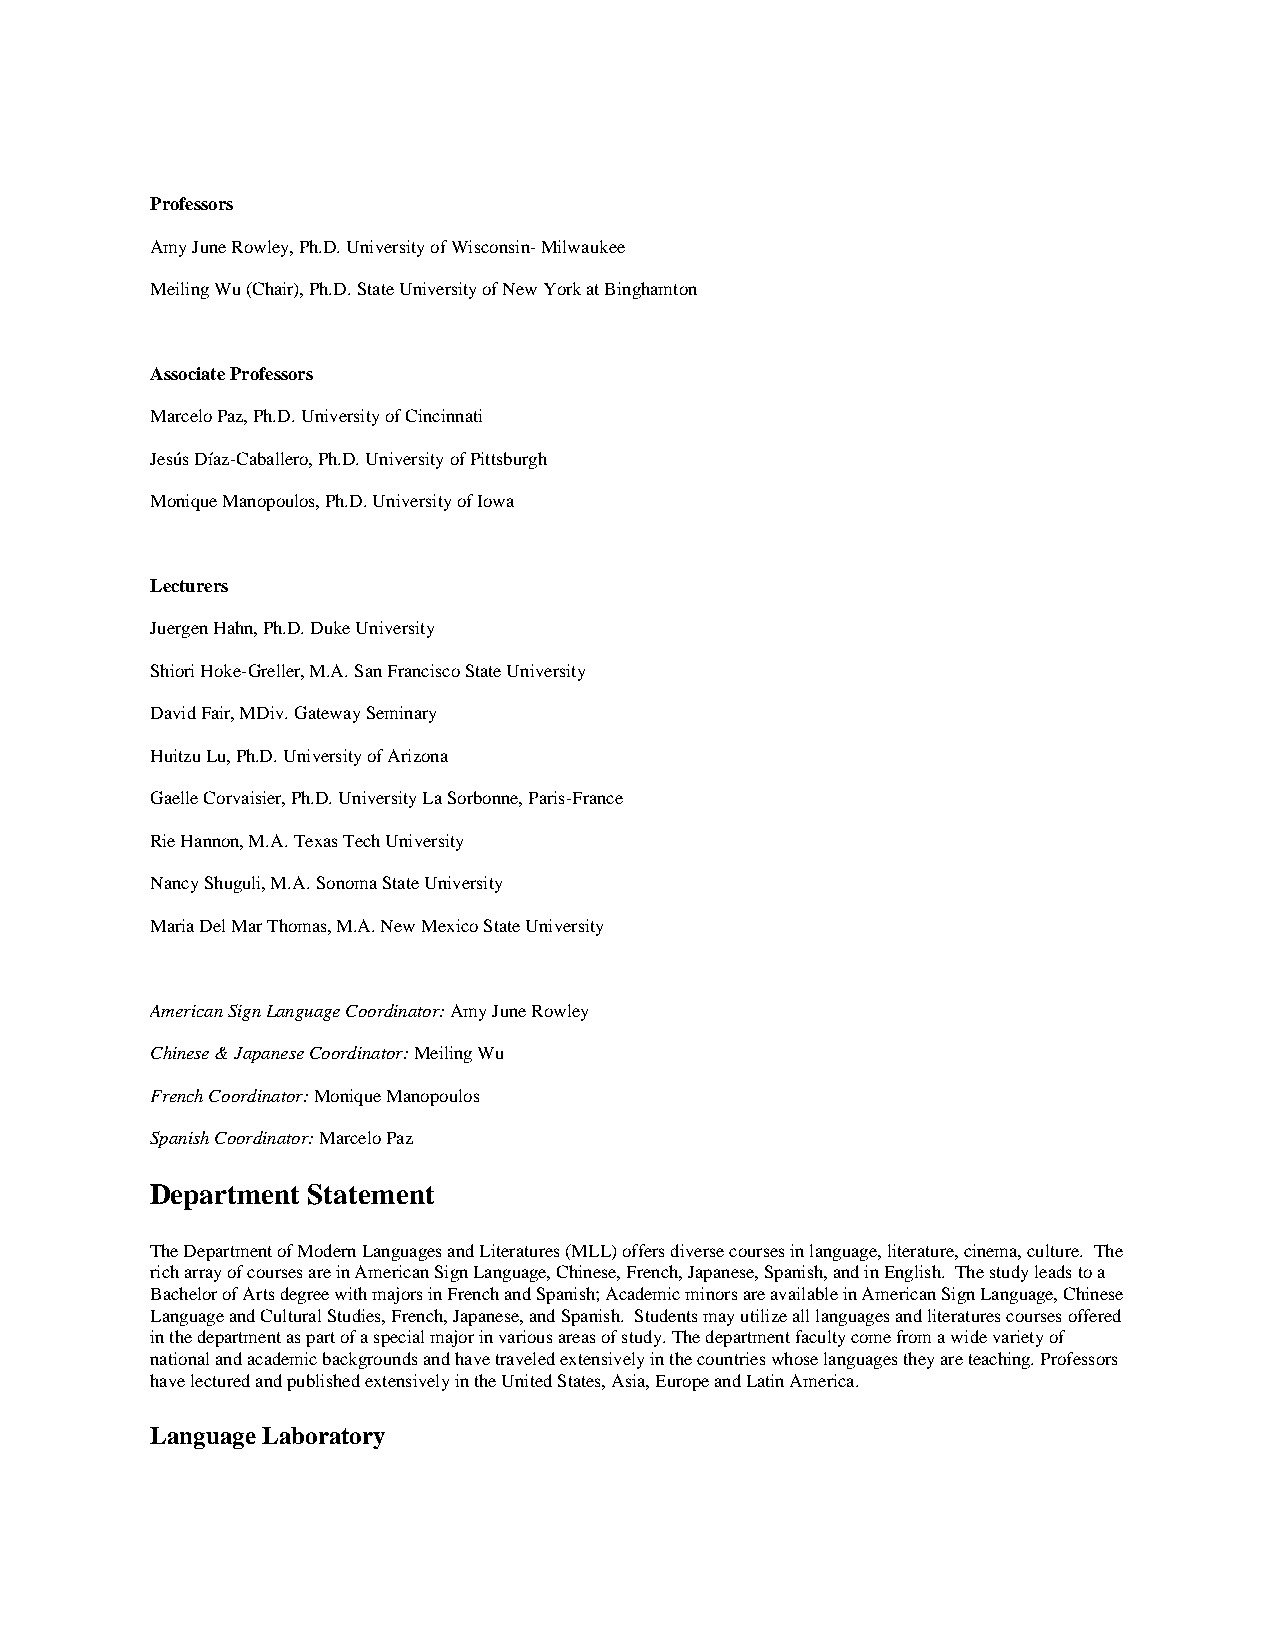
Professors
 Amy June Rowley, Ph.D. University of Wisconsin- Milwaukee
 Meiling Wu (Chair), Ph.D. State University of New York at Binghamton
 Associate Professors
 Marcelo Paz, Ph.D. University of Cincinnati
 Jesús Díaz-Caballero, Ph.D. University of Pittsburgh
 Monique Manopoulos, Ph.D. University of Iowa
 Lecturers
 Juergen Hahn, Ph.D. Duke University
 Shiori Hoke-Greller, M.A. San Francisco State University
 David Fair, MDiv. Gateway Seminary
 Huitzu Lu, Ph.D. University of Arizona
 Gaelle Corvaisier, Ph.D. University La Sorbonne, Paris-France
 Rie Hannon, M.A. Texas Tech University
 Nancy Shuguli, M.A. Sonoma State University
 Maria Del Mar Thomas, M.A. New Mexico State University
 American Sign Language Coordinator: Amy June Rowley
 Chinese & Japanese Coordinator: Meiling Wu
 French Coordinator: Monique Manopoulos
 Spanish Coordinator: Marcelo Paz
 Department Statement
 The Department of Modern Languages and Literatures (MLL) offers diverse courses in language, literature, cinema, culture. The
 rich array of courses are in American Sign Language, Chinese, French, Japanese, Spanish, and in English. The study leads to a
 Bachelor of Arts degree with majors in French and Spanish; Academic minors are available in American Sign Language, Chinese
 Language and Cultural Studies, French, Japanese, and Spanish. Students may utilize all languages and literatures courses offered
 in the department as part of a special major in various areas of study. The department faculty come from a wide variety of
 national and academic backgrounds and have traveled extensively in the countries whose languages they are teaching. Professors
 have lectured and published extensively in the United States, Asia, Europe and Latin America.
 Language Laboratory